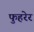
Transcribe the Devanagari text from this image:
फुहरेर